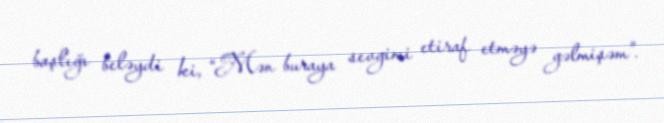
başlığı beləydi ki, “Mən buraya sevgimi etiraf etməyə gəlmişəm”.